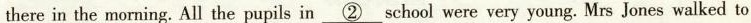
there in the morning. All the pupils in \underline{\textcircled{2}} school were very young. Mrs Jones walked to